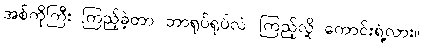
အစ်ကိုကြီး ကြည့်ခဲ့တာ ဘာရုပ်ရုပ်လဲ၊ ကြည့်လို့ ကောင်းရဲ့လား။